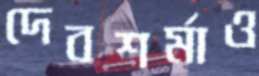
দেবশর্মাও